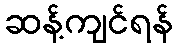
ဆန့်ကျင်ရန်